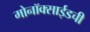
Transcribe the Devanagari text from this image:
मोनॉक्साईडची